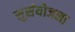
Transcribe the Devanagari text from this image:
सुसंयोजना